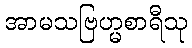
အာမသဗြဟ္မစာရီသု